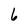
Character: 6